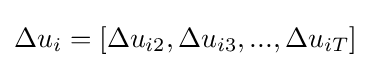
\Delta u_{i}=[\Delta u_{i2},\Delta u_{i3},...,\Delta u_{iT}]